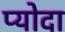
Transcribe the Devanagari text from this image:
प्योदा